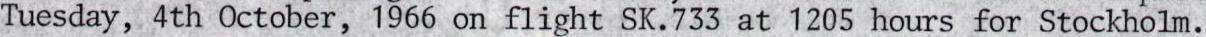
Tuesday, 4th 0ctober, 1966 on flight SK.733 at 1205 hours for Stockholm.